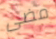
مضى